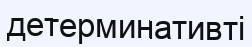
детерминативті